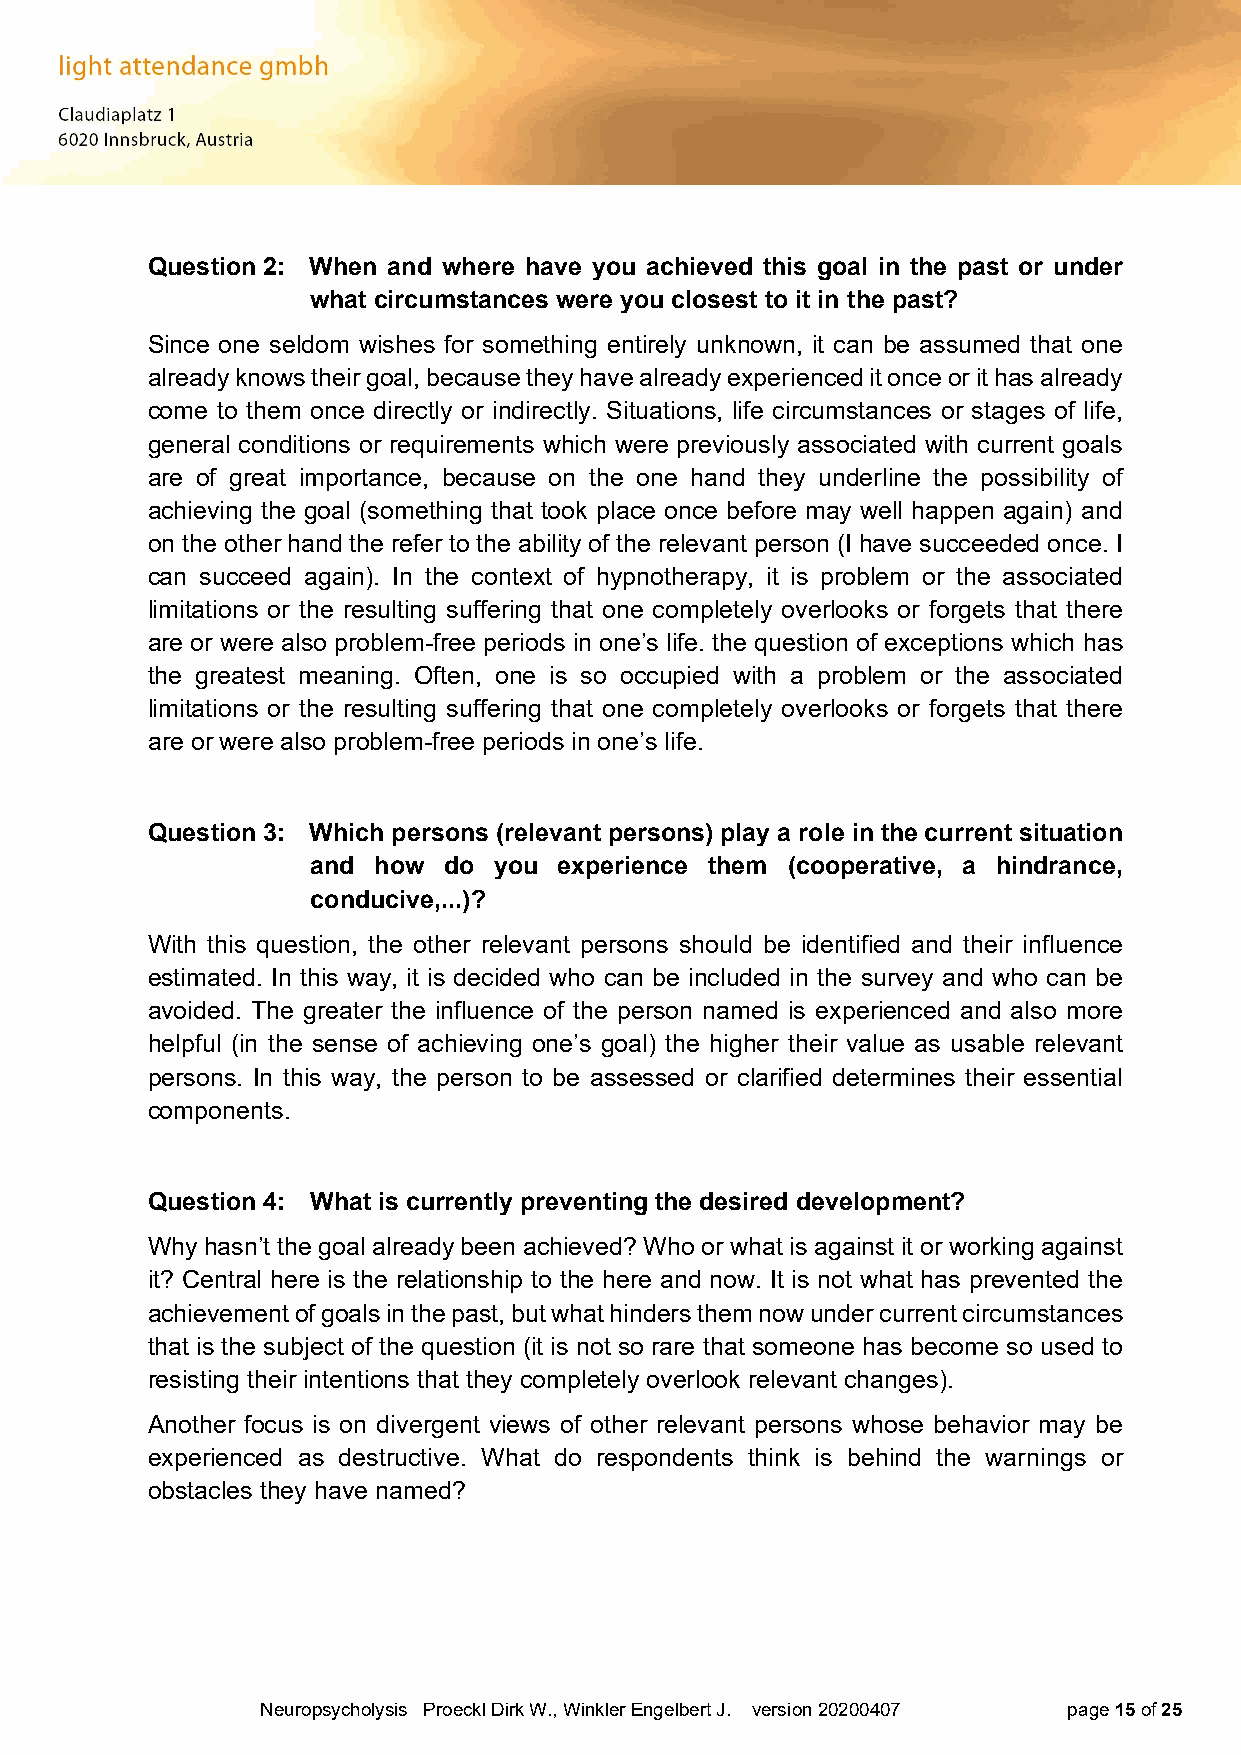
Question 2: When and where have you achieved this goal in the past or under
 what circumstances were you closest to it in the past?
 Since one seldom wishes for something entirely unknown, it can be assumed that one
 already knows their goal, because they have already experienced it once or it has already
 come to them once directly or indirectly. Situations, life circumstances or stages of life,
 general conditions or requirements which were previously associated with current goals
 are of great importance, because on the one hand they underline the possibility of
 achieving the goal (something that took place once before may well happen again) and
 on the other hand the refer to the ability of the relevant person (I have succeeded once. I
 can succeed again). In the context of hypnotherapy, it is problem or the associated
 limitations or the resulting suffering that one completely overlooks or forgets that there
 are or were also problem-free periods in one’s life. the question of exceptions which has
 the greatest meaning. Often, one is so occupied with a problem or the associated
 limitations or the resulting suffering that one completely overlooks or forgets that there
 are or were also problem-free periods in one’s life.
 Question 3: Which persons (relevant persons) play a role in the current situation
 and how do  you experience them (cooperative, a hindrance,
 conducive,...)?
 With this question, the other relevant persons should be identified and their influence
 estimated. In this way, it is decided who can be included in the survey and who can be
 avoided. The greater the influence of the person named is experienced and also more
 helpful (in the sense of achieving one’s goal) the higher their value as usable relevant
 persons. In this way, the person to be assessed or clarified determines their essential
 components.
 Question 4: What is currently preventing the desired development?
 Why hasn’t the goal already been achieved? Who or what is against it or working against
 it? Central here is the relationship to the here and now. It is not what has prevented the
 achievement of goals in the past, but what hinders them now under current circumstances
 that is the subject of the question (it is not so rare that someone has become so used to
 resisting their intentions that they completely overlook relevant changes).
 Another focus is on divergent views of other relevant persons whose behavior may be
 experienced as destructive. What do respondents think is behind the warnings or
 obstacles they have named?
 Neuropsycholysis Proeckl Dirk W., Winkler Engelbert J. version 20200407 page 15 of 25